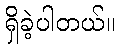
ရှိခဲ့ပါတယ်။